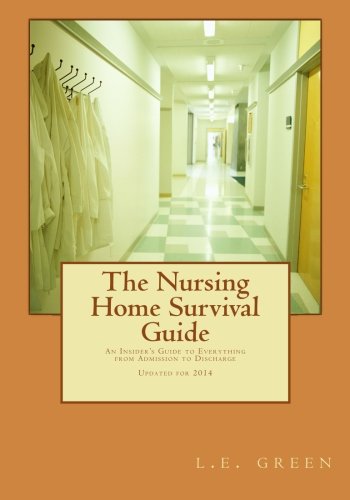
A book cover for The Nursing Home Survival Guide: An Insider's Perspective on Everything from Admission to Discharge; l e green; Medical Books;